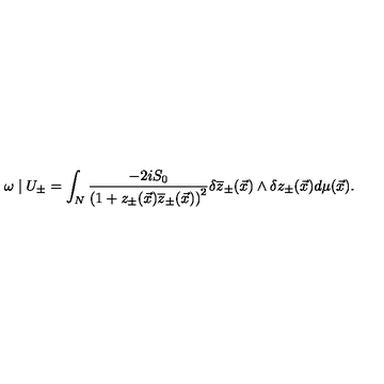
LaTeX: \omega \mid U _ { \pm } = \int _ { N } \frac { - 2 i S _ { 0 } } { \left( 1 + z _ { \pm } ( \vec { x } ) \overline { { z } } _ { \pm } ( \vec { x } ) \right) ^ { 2 } } \delta \overline { { z } } _ { \pm } ( \vec { x } ) \wedge \delta z _ { \pm } ( \vec { x } ) d \mu ( \vec { x } ) .